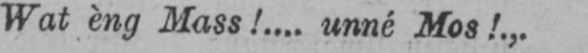
Wat èng Mass!... unné Mos!.,..